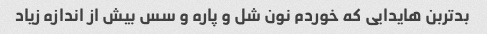
بدتربن هایدایی که خوردم نون شل و پاره و سس بیش از اندازه زیاد